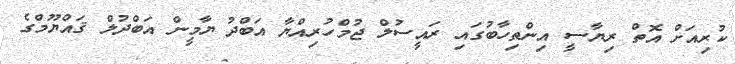
ކުރިއަށް އޮތް ރިޔާސީ އިންތިހާބުގައި ރައީސުލް ޖުމްހުރިއްޔާ އަބްދު ޔާމީން އަބްދުލް ޤައްޔޫމްގެ